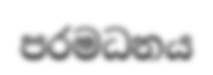
පරමධනය